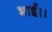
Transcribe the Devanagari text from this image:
भाई।।